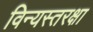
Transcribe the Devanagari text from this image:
विन्यस्तरक्षा